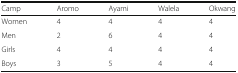
| Camp | Aromo | Ayami | Walela | Okwang |
 | --- | --- | --- | --- | --- |
 | Women | 4 | 4 | 4 | 4 |
 | Men | 2 | 6 | 4 | 4 |
 | Girls | 4 | 4 | 4 | 4 |
 | Boys | 3 | 5 | 4 | 4 |